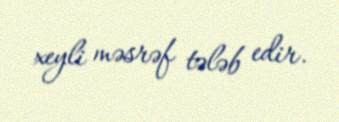
xeyli məsrəf tələb edir.